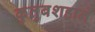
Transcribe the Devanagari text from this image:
कुतुबशहाने